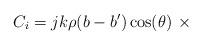
LaTeX: \begin{align*}&C_{i}=jk\rho (b-b')\cos (\theta ) ~\times \end{align*}